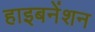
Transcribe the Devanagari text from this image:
हाइबनेंशन